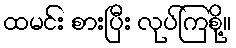
ထမင်း စားပြီး လုပ်ကြစို့။